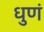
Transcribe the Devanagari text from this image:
धुणं